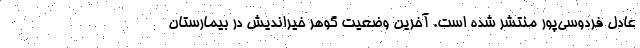
عادل فردوسی‌پور منتشر شده است. آخرین وضعیت گوهر خیراندیش در بیمارستان